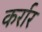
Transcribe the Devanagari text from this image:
कर्रार